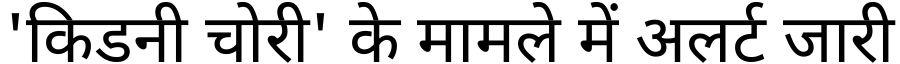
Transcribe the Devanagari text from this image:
'किडनी चोरी' के मामले में अलर्ट जारी